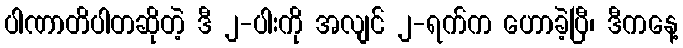
ပါဏာတိပါတဆိုတဲ့ ဒီ ၂-ပါးကို အလျင် ၂-ရက်က ဟောခဲ့ပြီ၊ ဒီကနေ့